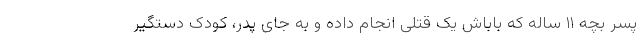
پسر بچه ۱۱ ساله که باباش یک قتلی انجام داده و به جای پدر، کودک دستگیر